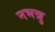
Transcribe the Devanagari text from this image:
नभन्नु